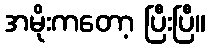
အမိုးကတော့ ပြီးပြီ။